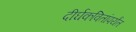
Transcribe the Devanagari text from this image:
दीर्घकवितांपर्यंत